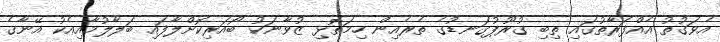
އެވަގުތު އެއްފަރާތުގައި ތިބި ގުރޫޕުގަނޑުގެ ތެރެއިން ހިމަތޮޅި ޒުވާނަކު ބޯއަރިކޮށްލާފައި ބަލާލުމާއިއެކު އޭނާގެ